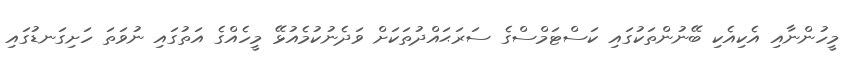
މީހުންނާއި އެކިއެކި ބޭނުންތަކުގައި ކަސްޓަމްސްގެ ސަރަޙައްދުތަކަށް ވަދެނުކުމެއުޅޭ މީހެއްގެ އަތުގައި ނުވަތަ ހަށިގަނޑުގައި